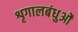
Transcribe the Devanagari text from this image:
शृगालबंधुओं